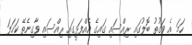
ހަމަ އެ ވަގުތު ބޮލުގައި ރިއްސައި ގައިގެ އެއްފަޅީގައި ރިއްސައި ވާގިނެތޭ ކަހަލަ